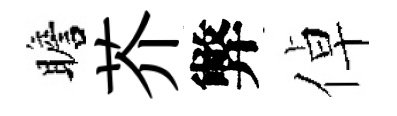
瞻芥弊倬